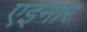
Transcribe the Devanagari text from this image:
एइनार